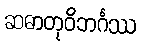
ဆဓာတုဝိဘင်္ဂဿ